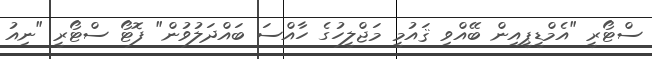
ސްޓޯރީ "އެމްޑީޕީއިން ބޭއްވި ޤައުމީ މަޖްލީހުގެ ހާއްސަ ބައްދަލުވުން" ފޮޓޯ ސްޓޯރީ "ނިއު